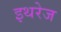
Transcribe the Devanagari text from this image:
इथरेज